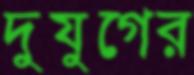
দুযুগের